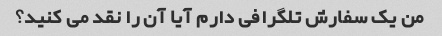
من یک سفارش تلگرافی دارم آیا آن را نقد می کنید؟